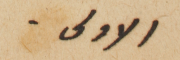
الاولى.